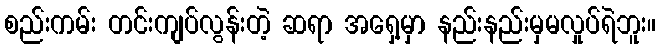
စည်းကမ်း တင်းကျပ်လွန်းတဲ့ ဆရာ အရှေ့မှာ နည်းနည်းမှမလှုပ်ရဲဘူး။